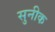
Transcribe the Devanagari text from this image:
सुनीक